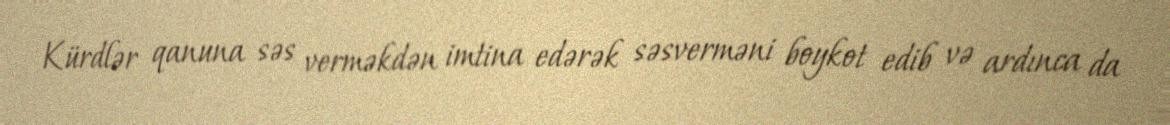
Kürdlər qanuna səs verməkdən imtina edərək səsverməni boykot edib və ardınca da